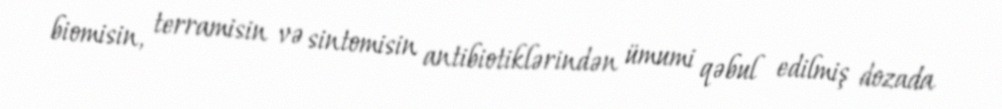
biomisin, terramisin və sintomisin antibiotiklərindən ümumi qəbul edilmiş dozada